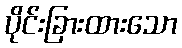
ပိုင်းခြားထားသော